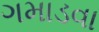
ગમાડવા